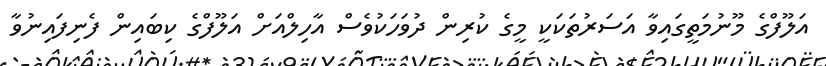
އަލޫފްގެ މޫނުމަތީގައިވާ އަސަރުތަކަކީ މީގެ ކުރިން ދުވަހަކުވެސް އާހިލްއަށް އަލޫފްގެ ކިބައިން ފެނިފައިނުވާ